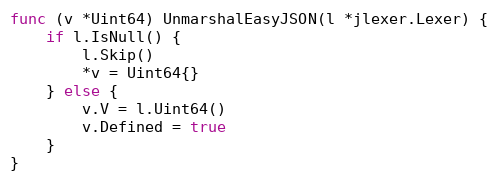
Language: Go
func (v *Uint64) UnmarshalEasyJSON(l *jlexer.Lexer) {
	if l.IsNull() {
		l.Skip()
		*v = Uint64{}
	} else {
		v.V = l.Uint64()
		v.Defined = true
	}
}